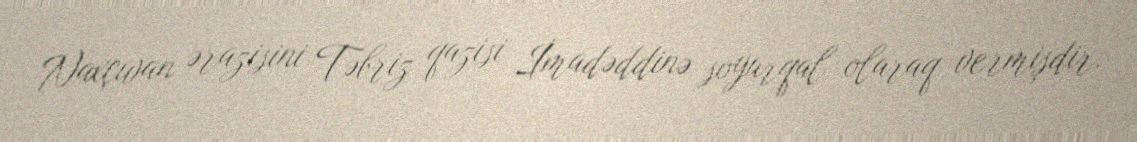
Naxçıvan ərazisini Təbriz qazisi İmadəddinə soyurqal olaraq vermişdir.